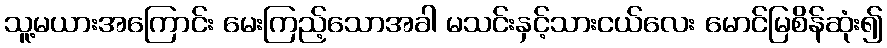
သူ့မယားအကြောင်း မေးကြည့်သောအခါ မသင်းနှင့်သားငယ်လေး မောင်မြစိန်ဆုံး၍